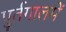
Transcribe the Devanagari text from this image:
पुर्तगालमें